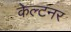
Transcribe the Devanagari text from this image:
केल्टनर